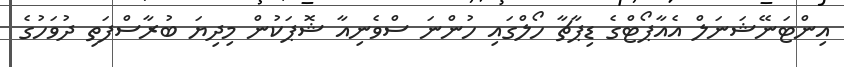
އިންޓަނޭޝަނަލް އެއާޕޯޓްގެ ޑިޕާޗާ ހޯލްގައި ހުންނަ ސްވެނިއާ ޝޮޕަކުން މިދިޔަ ބުރާސްފަތި ދުވަހުގެ